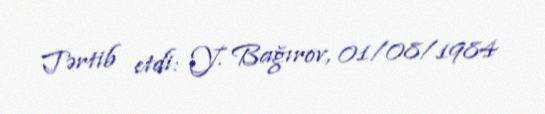
Tərtib etdi: Y. Bağırov, 01/08/1984